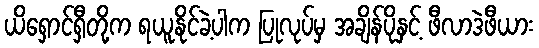
ယိရှောင်ရှီတို့က ရယူနိုင်ခဲ့ပါက ပြုလုပ်မှ အချိန်ပိုနှင့် ဖီလာဒဲဖီယား